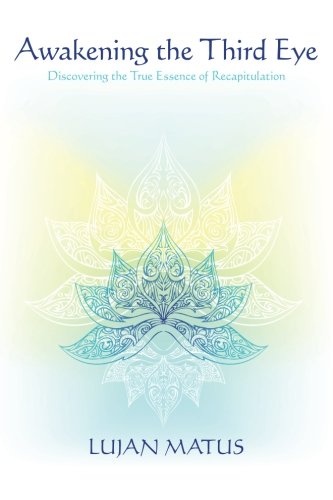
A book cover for Awakening the Third Eye: Discovering the True Essence of Recapitulation; Lujan Matus; Religion & Spirituality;